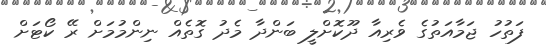
ފަތުހު ޖަމާއަތުގެ ވެރިއާ ދޫކޮށްލީ ބަންދާ މެދު ގޮތެއް ނިންމުމަށް ރޭ ކޯޓަށް